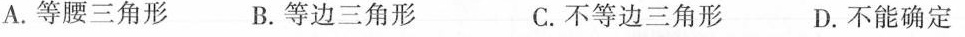
A.等腰三角形 B.等边三角形 C.不等边三角形 D.不能确定